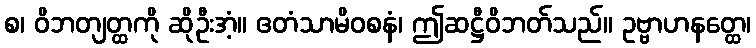
စ၊ ဝိဘတျတ္ထကို ဆိုဦးအံ့။ ဧတံသာမိဝစနံ၊ ဤဆဋ္ဌီဝိဘတ်သည်။ ဥဗ္ဗာဟနတ္ထေ၊